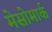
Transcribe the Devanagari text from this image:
मेसोमार्क